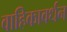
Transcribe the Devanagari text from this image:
वाहिकावर्धन